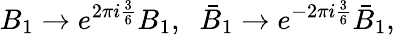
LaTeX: B_{1}\to e^{2\pi i\frac{3}{6}}B_{1},\; \; \bar{B}_{1}\to e^{-2\pi i\frac{3}{6}}\bar{B}_{1},